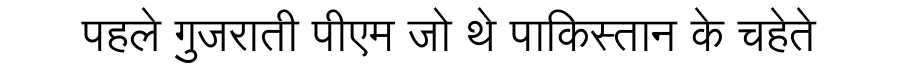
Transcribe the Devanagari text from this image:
पहले गुजराती पीएम जो थे पाकिस्तान के चहेते